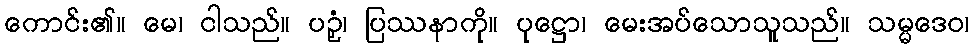
ကောင်း၏။ မေ၊ ငါသည်။ ပဉှံ၊ ပြဿနာကို။ ပုဋ္ဌော၊ မေးအပ်သောသူသည်။ သမ္မဒေဝ၊